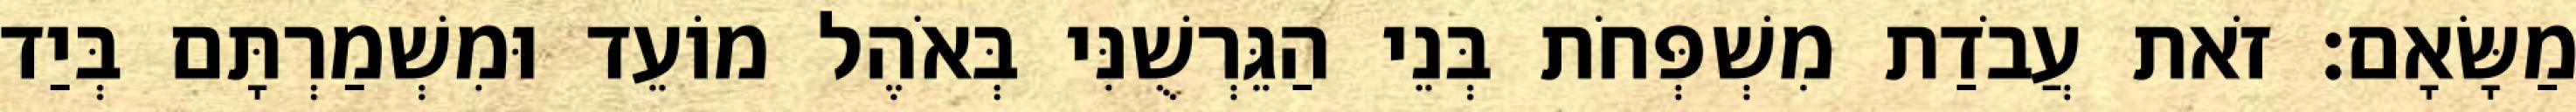
מַשָּׂאָם׃ זֹאת עֲבֹדַת מִשְׁפְּחֹת בְּנֵי הַגֵּרְשֻׁנִּי בְּאֹהֶל מוֹעֵד וּמִשְׁמַרְתָּם בְּיַד